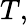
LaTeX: T,